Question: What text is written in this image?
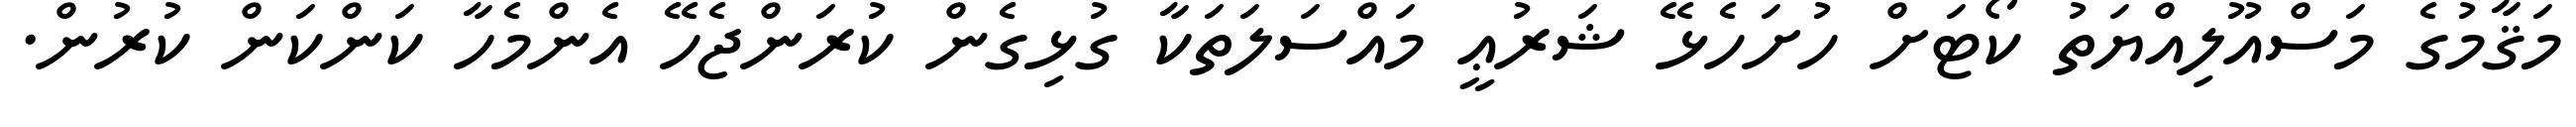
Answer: މަޤާމުގެ މަސްއޫލިއްޔަތު ކޯޓަށް ހުށަހެޅޭ ޝަރުޢީ މައްސަލަތަކާ ގުޅިގެން ކުރަންޖެހޭ އެންމެހާ ކަންކަން ކުރުން.